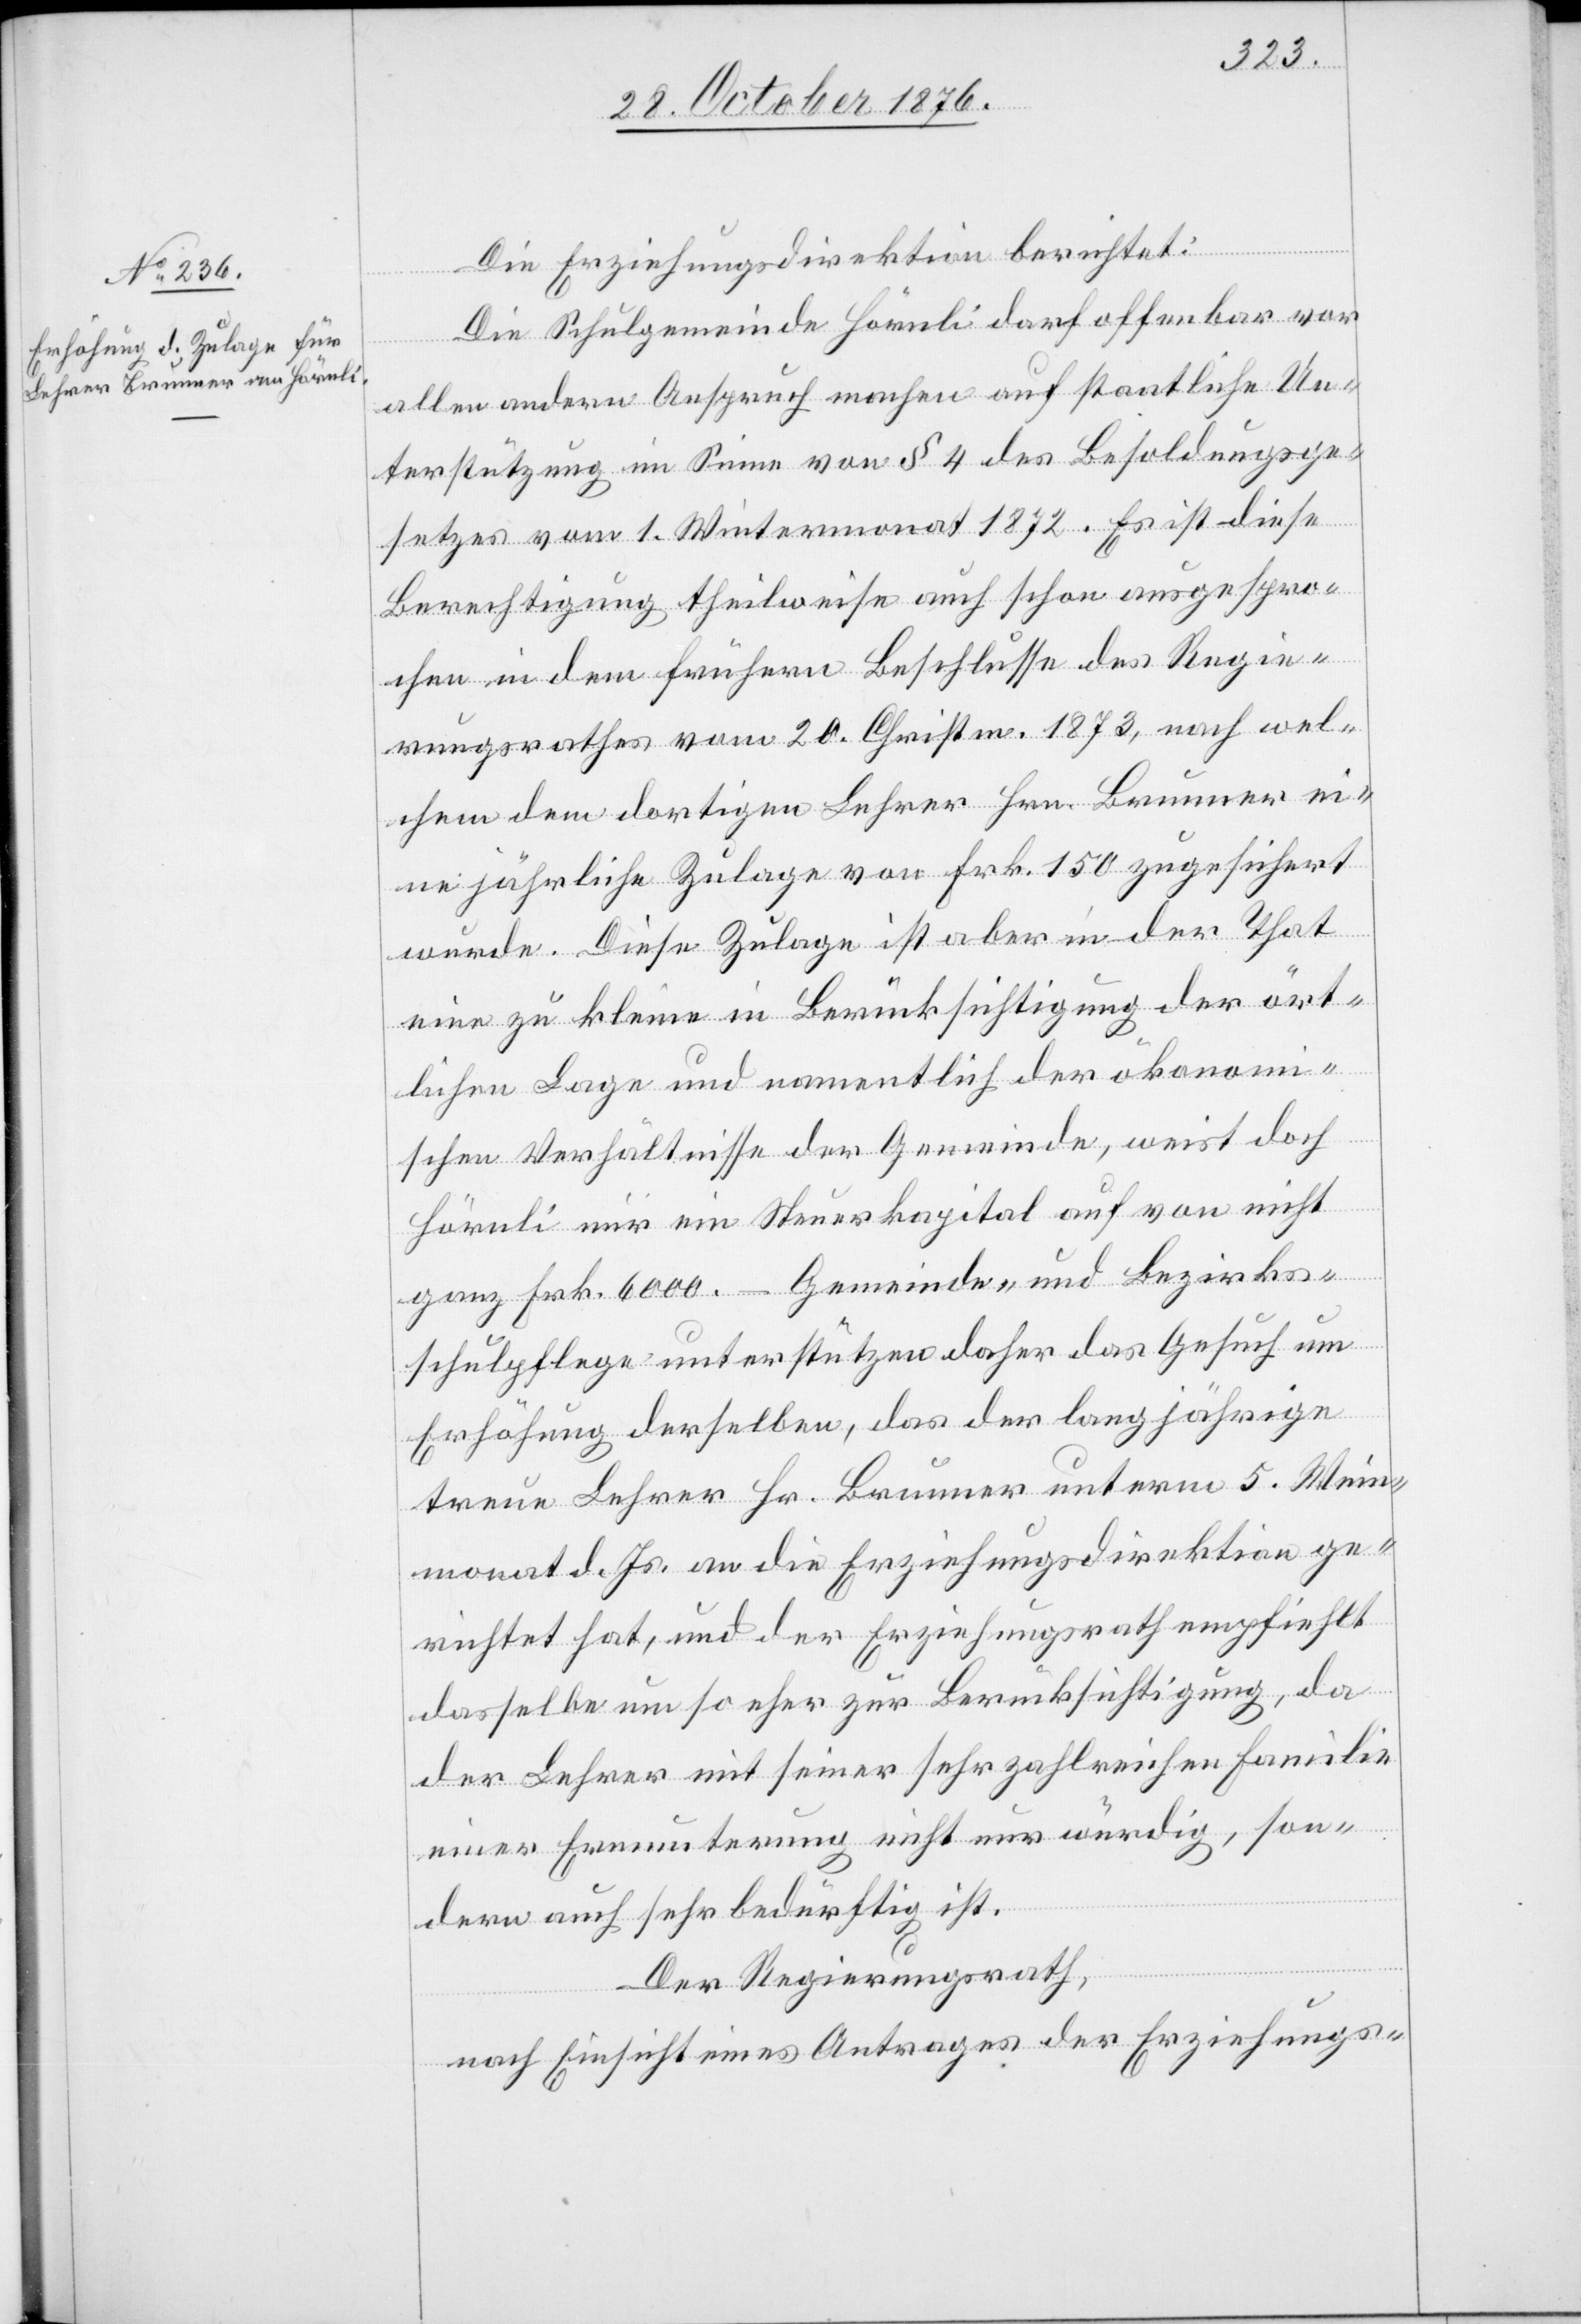
Regie¬
Die Erziehungsdirektion berichtet:
Die Schulgemeinde Hörnli darf offenbar vor
allen andern Anspruch machen auf staatliche Un¬
terstützung im Sinne von § 4 des Besoldungsge¬
setzes vom 1. Wintermonat 1872. Es ist diese
rungsrathes vom 20. Christm. 1873, nach wel¬
chem dem dortigen Lehrer Hrn. Brunner ei¬
ne jährliche Zulage von Frk. 150 zugesichert
wurde. Diese Zulage ist aber in der That
eine zu kleine in Berücksichtigung der ört¬
lichen Lage und namentlich der ökonom¬
ischen Verhältnisse der Gemeinde, weist doch
Hörnli nur ein Steuerkapital auf von nicht
ganz Frk. 6000.– Gemeinde- und Bezirks¬
schulpflege unterstützen daher das Gesuch um
Erhöhung derselben, das der langjährige
treue Lehrer Hr. Brunner unterm 5. Wein¬
monat d. Js. an die Erziehungsdirektion ge¬
richtet hat, und der Erziehungsrath empfiehlt
dasselbe um so eher zur Berücksichtigung, da
der Lehrer mit seiner sehr zahlreichen Familie
einer Ermunterung nicht nur würdig, son¬
dern auch sehr bedürftig ist.
Der Regierungsrath,
nach Einsicht eines Antrages der Erziehungs-